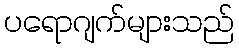
ပရောဂျက်များသည်